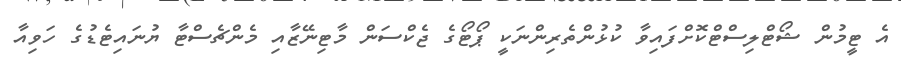
އެ ޓީމުން ޝޯޓްލިސްޓްކޮށްފައިވާ ކުޅުންތެރިންނަކީ ޕޯޓޯގެ ޖެކްސަން މާޓިނޭޒާއި މެންޗެސްޓާ ޔުނައިޓެޑުގެ ހަވިއާ